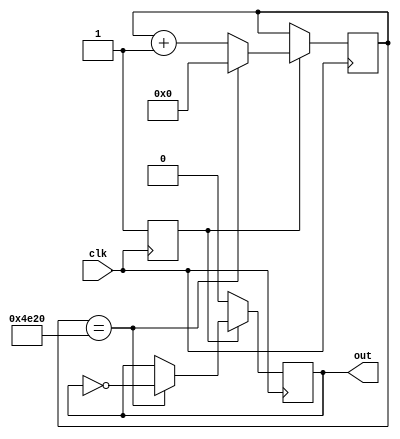
`timescale 1ns / 1ps
//////////////////////////////////////////////////////////////////////////////////
// Company: 
// Engineer: 
// 
// Design Name: 
// Module Name: clock_divider
// Project Name: 
// Target Devices: 
// Tool Versions: 
// Description: 
// 
// Dependencies: 
// 
// Revision:
// Revision 0.01 - File Created
// Additional Comments:
// 
//////////////////////////////////////////////////////////////////////////////////

//in:10ns
//out:2ms

module clock_divider(
    input      clk,
    output reg out
    );
    reg [15:0] cnt = 0;
    reg tag = 1'b0;
    always @ (posedge clk) begin
        if(tag == 1'b0) begin
            out = 1'b0;
            tag = 1'b1;
        end
        else begin
            if(cnt == 20_000) begin
                out = ~out;
                cnt = 0;
            end
            else begin
                cnt = cnt+1'b1;
            end
        end
    end
endmodule